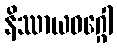
နိဿာယဝဂ္ဂေါ